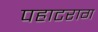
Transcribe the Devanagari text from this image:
पहाटराग